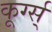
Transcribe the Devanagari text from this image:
कूर्ग्स्